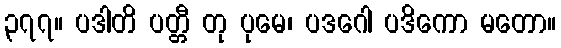
၃၇၇။ ပဒါတိ ပတ္တီ တု ပုမေ၊ ပဒဂေါ ပဒိကော မတော။